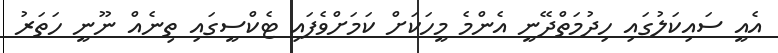
އެއީ ސައިކަލުގައި ހިދުމަތްދޭނީ އެންމެ މީހަކަށް ކަމަށްވެފައި ޓެކްސީގައި ތިނެއް ނޫނީ ހަތަރު